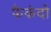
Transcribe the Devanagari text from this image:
फैकंदो